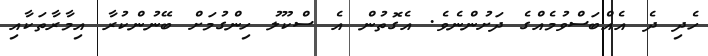
ހެދި ދެ އެއްބަސްވުމެއްގެ ދަށުންނެވެ. އެގޮތުން އެ ސްކޫލު ހިންގުމަށް ބޭނުންކުރާ އިމާރާތަކާއި